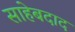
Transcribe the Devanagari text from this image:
साहेबदाद